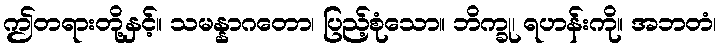
ဤတရားတို့နှင့်။ သမန္နာဂတော၊ ပြည့်စုံသော။ ဘိက္ခု၊ ရဟန်းကို။ အဘတံ၊